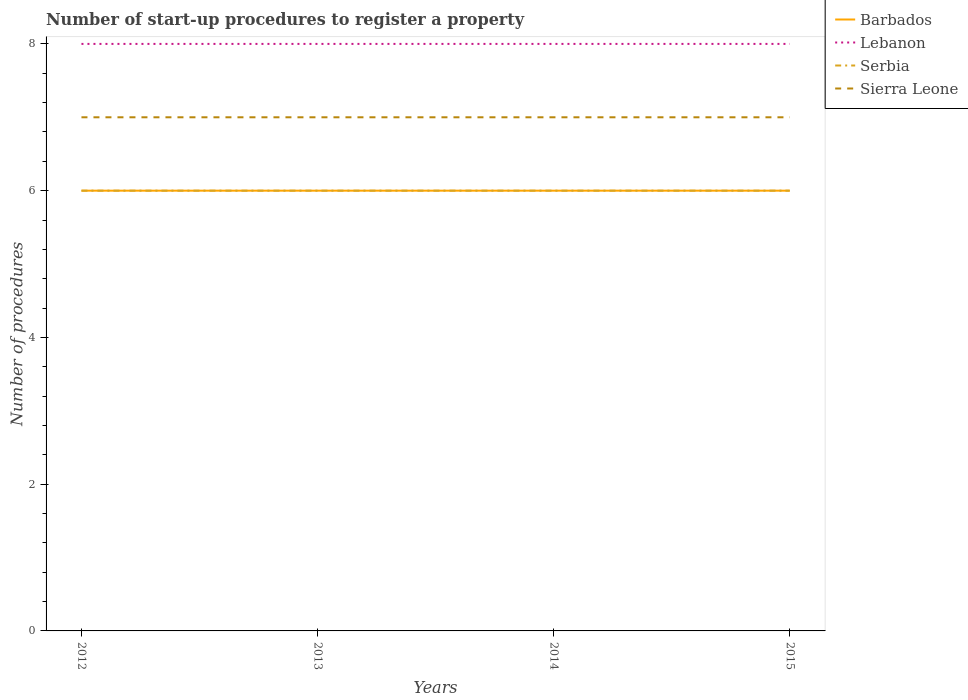
| Years | Barbados | Lebanon | Serbia | Sierra Leone |
 | --- | --- | --- | --- | --- |
 | 2012 | 6 | 8 | 6 | 7 |
 | 2013 | 6 | 8 | 6 | 7 |
 | 2014 | 6 | 8 | 6 | 7 |
 | 2015 | 6 | 8 | 6 | 7 |